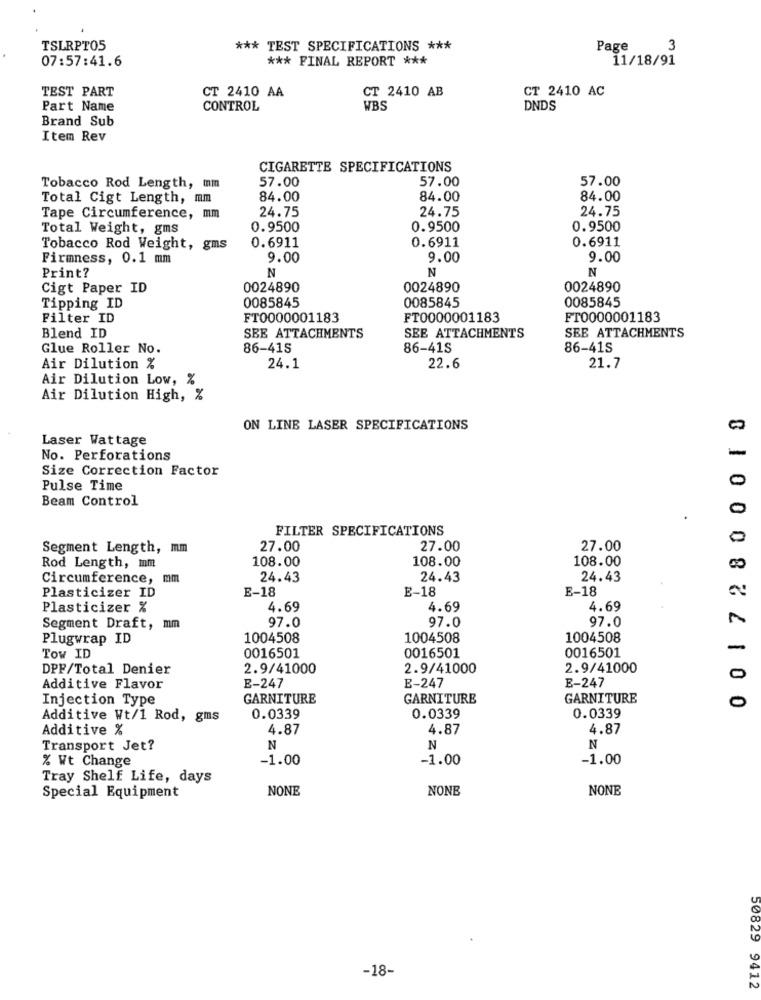
TSLRPT05
*** TEST SPECIFICATIONS ***
Page
3
07:57:41.6
*** FINAL REPORT ***
11/18/91
TEST PART
CT 2410 AA
CT 2410 AB
CT 2410 AC
Part Name
CONTROL
WBS
DNDS
Brand Sub
Item Rev
CIGARETTE SPECIFICATIONS
57.00
57.00
57.00
Tobacco Rod Length, mm
Total Cigt Length, mm
84.00
84.00
84.00
24.75
24.75
Tape Circumference, mm
24.75
Total Weight, gms
0.9500
0.9500
0.9500
0.6911
Tobacco Rod Weight, gms
0.6911
0.6911
Firmness, 0.1 mm
9.00
9.00
9.00
Print?
N
N
N
Cigt Paper ID
0024890
0024890
0024890
0085845
0085845
Tipping ID
0085845
Filter ID
FT0000001183
FT0000001183
FT0000001183
Blend ID
SEE ATTACHMENTS
SEE ATTACHMENTS
SEE ATTACHMENTS
Glue Roller No.
86-41S
86-41S
86-41S
Air Dilution %
24.1
22.6
21.7
Air Dilution Low, %
Air Dilution High, %
0 0 1 7 2800010
ON LINE LASER SPECIFICATIONS
Laser Wattage
-
No. Perforations
Size Correction Factor
0
Pulse Time
Beam Control
0
FILTER SPECIFICATIONS
0
Segment Length,
m.m
27.00
27.00
27.00
108.00
108.00
108.00
Rod Length, mm
Circumference, mm
24.43
24.43
24.43
Plasticizer ID
E-18
E-18
E-18
Plasticizer %
4.69
4.69
4.69
97.0
97.0
Segment Draft, mm
97.0
Plugwrap ID
1004508
1004508
1004508
0016501
0016501
-
Tow ID
0016501
DPF/Total Denier
2.9/41000
2.9/41000
2.9/41000
E-247
0
Additive Flavor
E-247
E-247
Injection Type
GARNITURE
GARNITURE
GARNITURE
0
Additive Wt/1 Rod, gms
0.0339
0.0339
0.0339
Additive %
4.87
4.87
4.87
Transport Jet?
N
N
N
% Wt Change
-1.00
-1.00
-1.00
Tray Shelf Life, days
NONE
NONE
NONE
Special Equipment
-18-
50829 9412